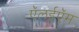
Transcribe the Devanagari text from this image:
ऍलईऍम